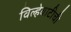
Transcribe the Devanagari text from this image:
विल्हेवाटीची